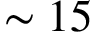
\sim 1 5